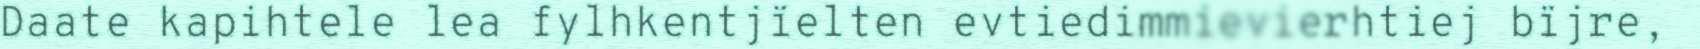
Daate kapihtele lea fylhkentjïelten evtiedimmievierhtiej bïjre,